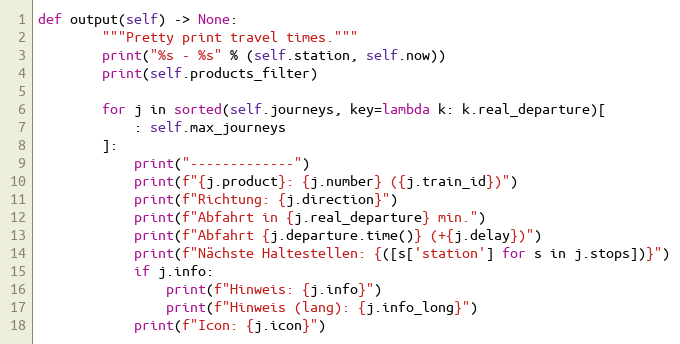
Language: Python
def output(self) -> None:
        """Pretty print travel times."""
        print("%s - %s" % (self.station, self.now))
        print(self.products_filter)

        for j in sorted(self.journeys, key=lambda k: k.real_departure)[
            : self.max_journeys
        ]:
            print("-------------")
            print(f"{j.product}: {j.number} ({j.train_id})")
            print(f"Richtung: {j.direction}")
            print(f"Abfahrt in {j.real_departure} min.")
            print(f"Abfahrt {j.departure.time()} (+{j.delay})")
            print(f"Nächste Haltestellen: {([s['station'] for s in j.stops])}")
            if j.info:
                print(f"Hinweis: {j.info}")
                print(f"Hinweis (lang): {j.info_long}")
            print(f"Icon: {j.icon}")